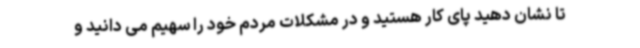
تا نشان دهید پای کار هستید و در مشکلات مردم خود را سهیم می دانید و